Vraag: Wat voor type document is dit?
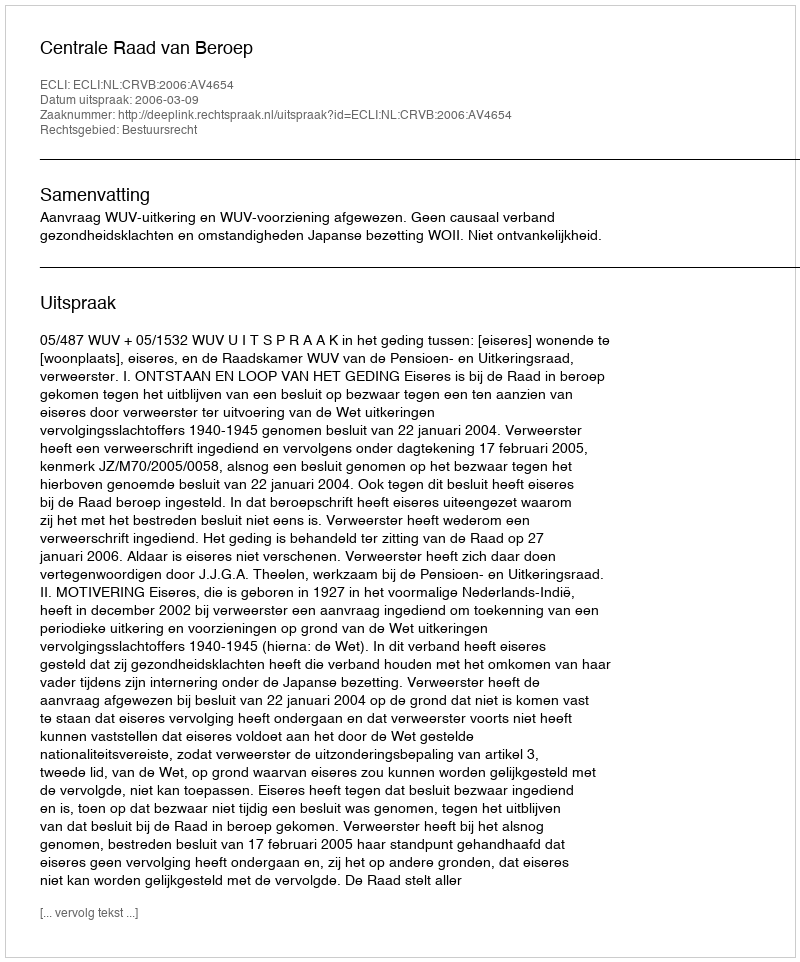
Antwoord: Uitspraak